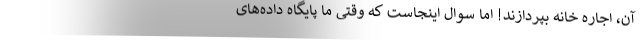
آن، اجاره خانه بپردازند! اما سوال اینجاست که وقتی ما پایگاه داده‌های